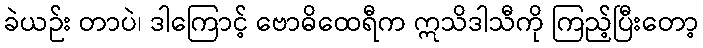
ခဲယဉ်း တာပဲ၊ ဒါကြောင့် ဗောဓိထေရီက ဣသိဒါသီကို ကြည့်ပြီးတော့